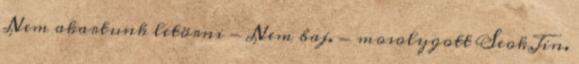
Nem akartunk letörni - Nem baj. - mosolygott SeokJin.